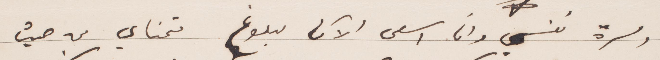
ومسرة نفسي وانا اسعى الآن لبلوغ متمناي من حيث